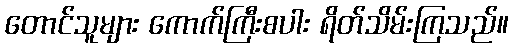
တောင်သူများ ကောက်ကြီးစပါး ရိတ်သိမ်းကြသည်။